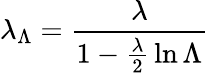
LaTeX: \lambda_{\Lambda}={\frac{\lambda}{1-{\frac{\lambda}{2}}\ln\Lambda}}